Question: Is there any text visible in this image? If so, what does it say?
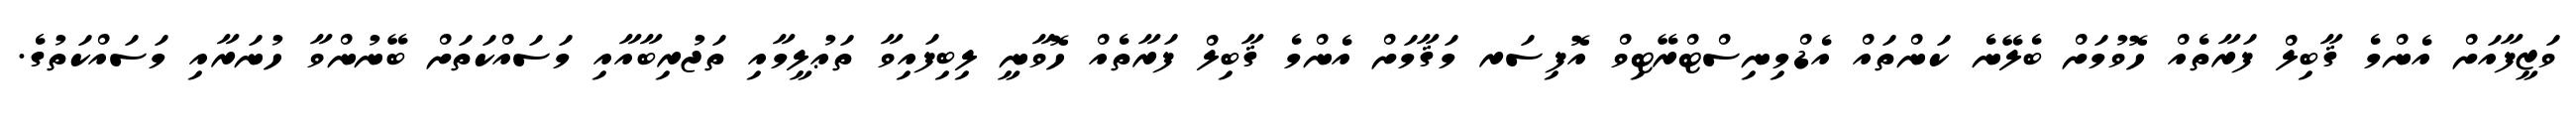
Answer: ވަޒީފާއަށް އެންމެ ޤާބިލް ފަރާތެއް ހޮވުމަށް ބެލޭނެ ކަންތައް އެޑްމިނިސްޓްރޭޓިވް އޮފިސަރ މަޤާމަށް އެންމެ ޤާބިލް ފަރާތެއް ހޮވާނީ ލިބިފައިވާ ތަޢުލީމާއި ތަޖުރިބާއާއި މަސައްކަތަށް ބޭނުންވާ ހުނަރާއި މަސައްކަތުގެ.